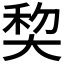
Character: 𰋥